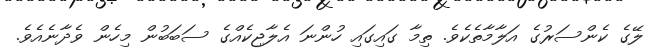
ލޭގެ ކެންސަރުގެ އަލާމާތެކެވެ. ތިމާ ގައިގައި ހުންނަ އެލާޖިކެއްގެ ސަބަބުން މިހެން ވެދާނެއެވެ.